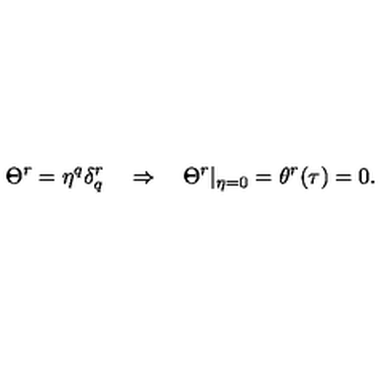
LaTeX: \Theta ^ { r } = \eta ^ { q } \delta _ { q } ^ { r } \quad \Rightarrow \quad \Theta ^ { r } | _ { \eta = 0 } = \theta ^ { r } ( \tau ) = 0 .